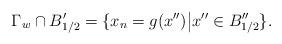
LaTeX: \begin{align*}\Gamma_w\cap B_{1/2}' = \{x_{n}= g(x'') \big| x'' \in B_{1/2}'' \}.\end{align*}